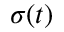
\boldsymbol { \sigma } ( t )